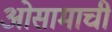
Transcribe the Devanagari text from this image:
ओसामाची